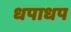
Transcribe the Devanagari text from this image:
धपाधप